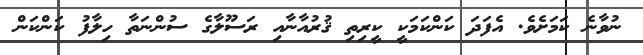
ނުވާނެ ކަމަށެވެ. އެފަދަ ކަންކަމަކީ ކީރިތި ޤުރުއާނާއި ރަސޫލާގެ ސުންނަތާ ހިލާފު ކަންކަން